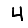
Digit: 4